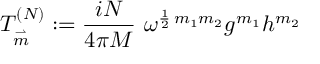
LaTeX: T _ { \stackrel { \rightharpoonup } { m } } ^ { ( N ) } : = \frac { i N } { 4 \pi M } \ \omega ^ { \frac { 1 } { 2 } \, m _ { 1 } m _ { 2 } } g ^ { m _ { 1 } } h ^ { m _ { 2 } }